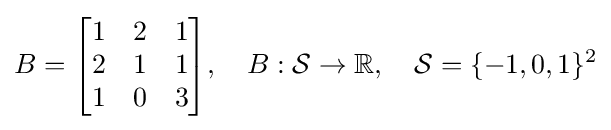
B={\begin{bmatrix}1&2&1\\2&1&1\\1&0&3\end{bmatrix}},\quad B:{\mathcal {S}}\rightarrow \mathbb {R} ,\quad {\mathcal {S}}=\{-1,0,1\}^{2}